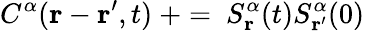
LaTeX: C^{\alpha}(\mathbf{r}-\mathbf{r^{\prime}},t)\ +=\ S_{\mathbf{r}}^{\alpha}(t)S_{\mathbf{r^{\prime}}}^{\alpha}(0)